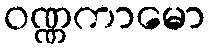
ဝဏ္ဏကာမော